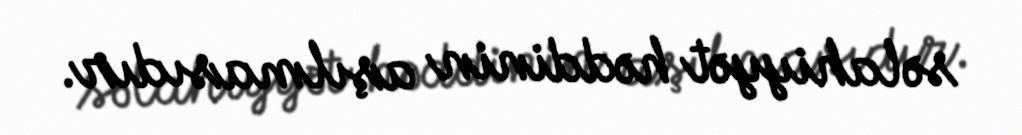
səlahiyyət həddinin aşılmasıdır.